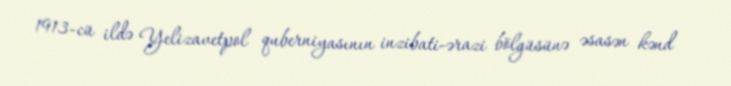
1913-cü ildə Yelizavetpol quberniyasının inzibati-ərazi bölgüsünə əsasən kənd